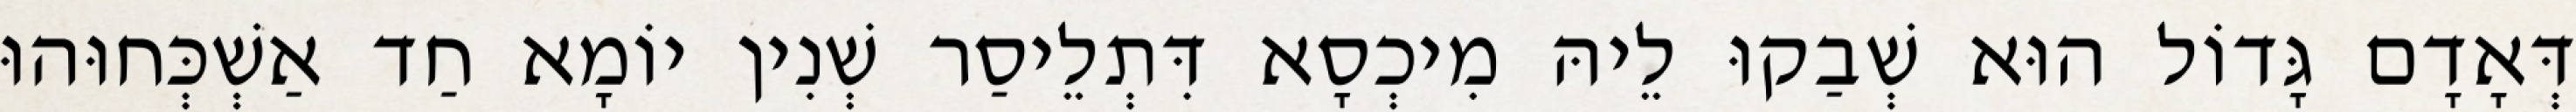
דְּאָדָם גָּדוֹל הוּא שְׁבַקוּ לֵיהּ מִיכְסָא דִּתְלֵיסַר שְׁנִין יוֹמָא חַד אַשְׁכְּחוּהוּ